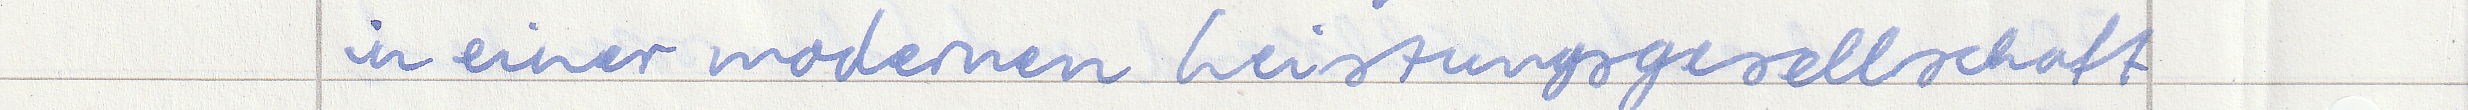
in einer modernen Leistungsgesellschaft